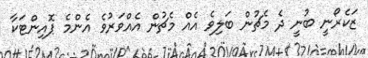
ޒަކެރޯނީ ބުނީ ދެ މެޗުން ބަލިވެ އެއް މެޗުން އެއްވަރުވެ އެންމެ ޕޮއިންޓަކާ